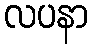
လပနာ